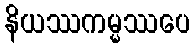
နိယဿကမ္မဿပေ